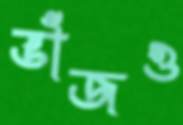
ভাঁজও